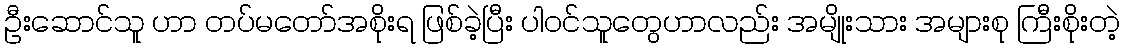
ဦးဆောင်သူ ဟာ တပ်မတော်အစိုးရ ဖြစ်ခဲ့ပြီး ပါဝင်သူတွေဟာလည်း အမျိုးသား အများစု ကြီးစိုးတဲ့